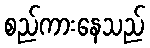
စည်ကားနေသည်